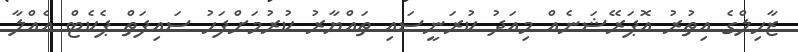
ޒާހިލްގެ އިތުރު އޮޕަރޭޝަނެއް މިއަދު ކުރަނީސައި ތައްޔާރު ކުރުމަށްފަހު ސައިފަތް ޕެކެޓް އެއްލާ